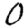
Digit: 0